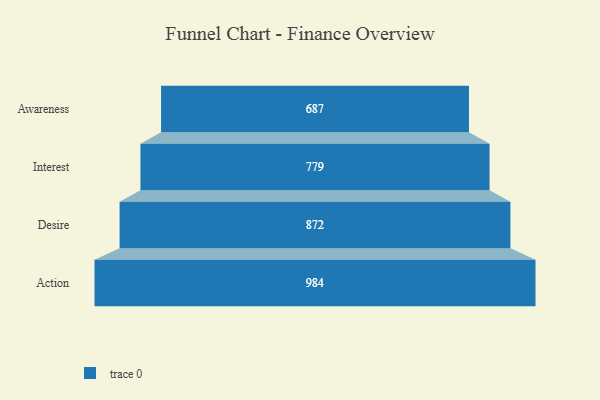
{"axis": {"x": "Stage", "y": "Value"}, "legend": [""], "data": [{"x": "Awareness", "y": 687.0, "type": ""}, {"x": "Interest", "y": 779.0, "type": ""}, {"x": "Desire", "y": 872.0, "type": ""}, {"x": "Action", "y": 984.0, "type": ""}]}